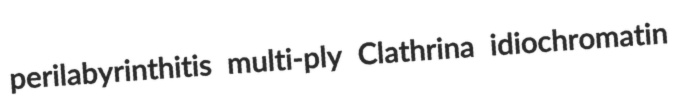
perilabyrinthitis multi-ply Clathrina idiochromatin